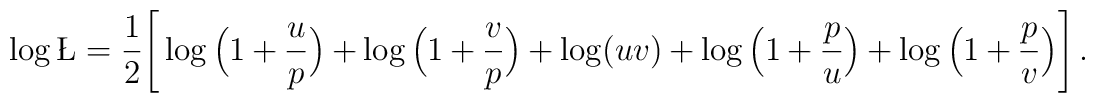
\log\L=\frac{1}{2} \Bigg[\log\Big( 1+ \frac{u}{p} \Big) + \log\Big( 1+ \frac{v}{p} \Big)+\log(uv)+\log\Big( 1 + \frac{p}{u}\Big) + \log\Big( 1+ \frac{p}{v} \Big) \Bigg]\,.